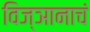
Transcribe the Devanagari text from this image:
विज्ञानाचं